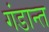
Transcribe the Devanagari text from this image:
गंडान्त